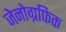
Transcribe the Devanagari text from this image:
जेनोग्रफिक